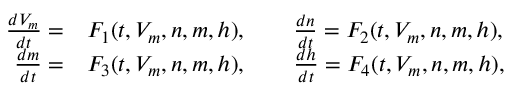
\begin{array} { r l } { \frac { d V _ { m } } { d t } = } & { { } F _ { 1 } ( t , V _ { m } , n , m , h ) , \qquad \frac { d n } { d t } = F _ { 2 } ( t , V _ { m } , n , m , h ) , } \\ { \frac { d m } { d t } = } & { { } F _ { 3 } ( t , V _ { m } , n , m , h ) , \qquad \frac { d h } { d t } = F _ { 4 } ( t , V _ { m } , n , m , h ) , } \end{array}